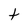
Character: t